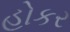
હોકર